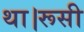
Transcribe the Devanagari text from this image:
था।रूसी